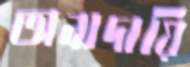
অনাদায়ি